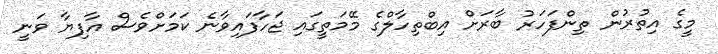
މީގެ އިތުރުން ތިންފަހަރު ބާރަށް އިބްތިހާލްގެ މޭމަތީގައި ޖަހާފައިވާނެ ކަމަށްވެސް އާފިޔާ ވަނީ